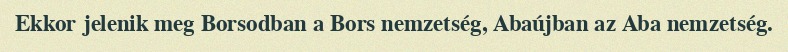
Ekkor jelenik meg Borsodban a Bors nemzetség, Abaújban az Aba nemzetség.